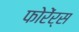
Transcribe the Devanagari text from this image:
फोरेंर्स